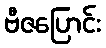
ဗီဇပြောင်း